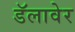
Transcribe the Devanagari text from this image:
डॅलावेर